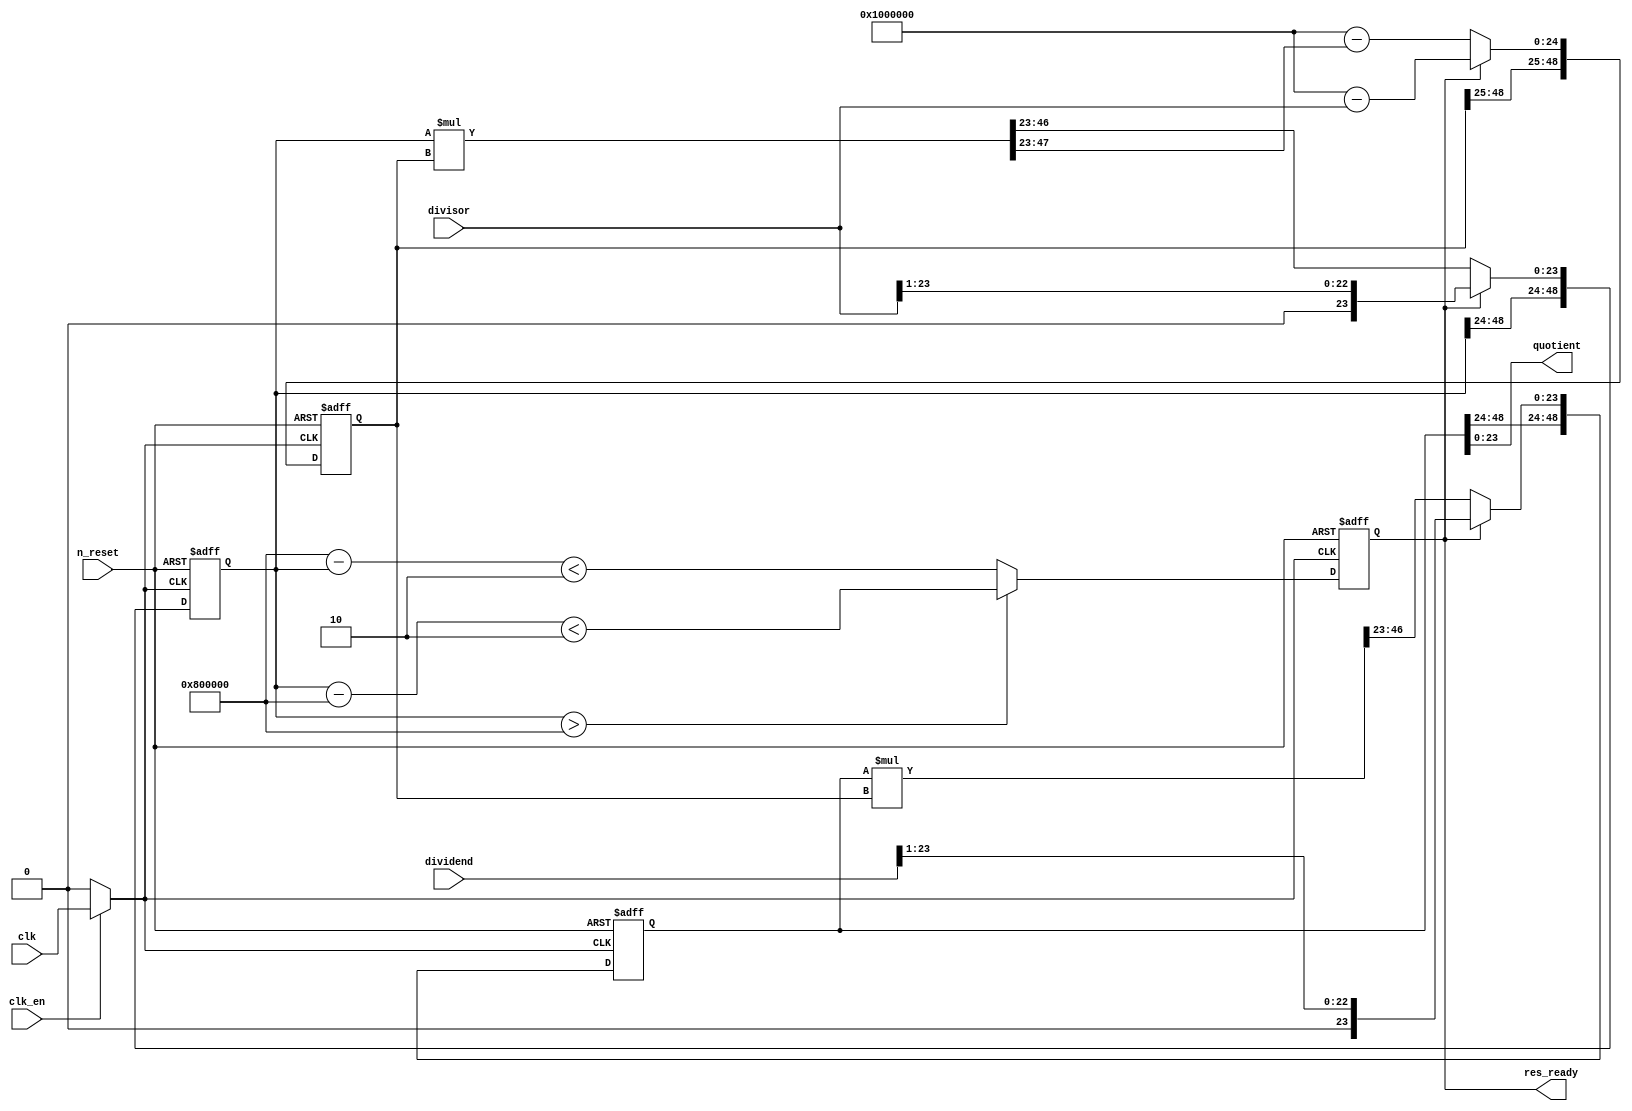
module Goldsmith_div(
input n_reset,
input clk,
input clk_en,
input [23:0] dividend,
input [23:0] divisor,
output [23:0] quotient,
output res_ready
);


reg [48:0] n, d, f;
reg ready;
wire g_clk;

assign res_ready = ready;
assign g_clk = clk_en? clk : 1'b0;
assign quotient = n[23:0];

always @(posedge g_clk or negedge n_reset)
	if(!n_reset)
	begin
		n <= 49'b0;
		d <= 49'b0;
		f <= 49'b0;
		ready <= 1'b1;
	end
	else begin
	if(!ready)
		begin
			f[24:0] <= {1'b1, 24'b0} - ((d * f) >> 23);
			d[23:0] <= (d * f) >> 23;
			n[23:0] <= (n * f) >> 23;
		end
	else
		begin 
			f[24:0] <= {1'b1, 24'b0} - {1'b0, divisor[23:0]};
			d[23:0] <= divisor[23:0] >> 1;
			n[23:0] <= dividend[23:0] >> 1;
		end
		ready <= (d[48:0] > {25'b0, 1'b1, 23'b0})? (d[48:0] - {25'b0, 1'b1, 23'b0}) < 49'd2 : ({25'b0, 1'b1, 23'b0} - d[48:0]) < 49'd2;
	end
	

endmodule